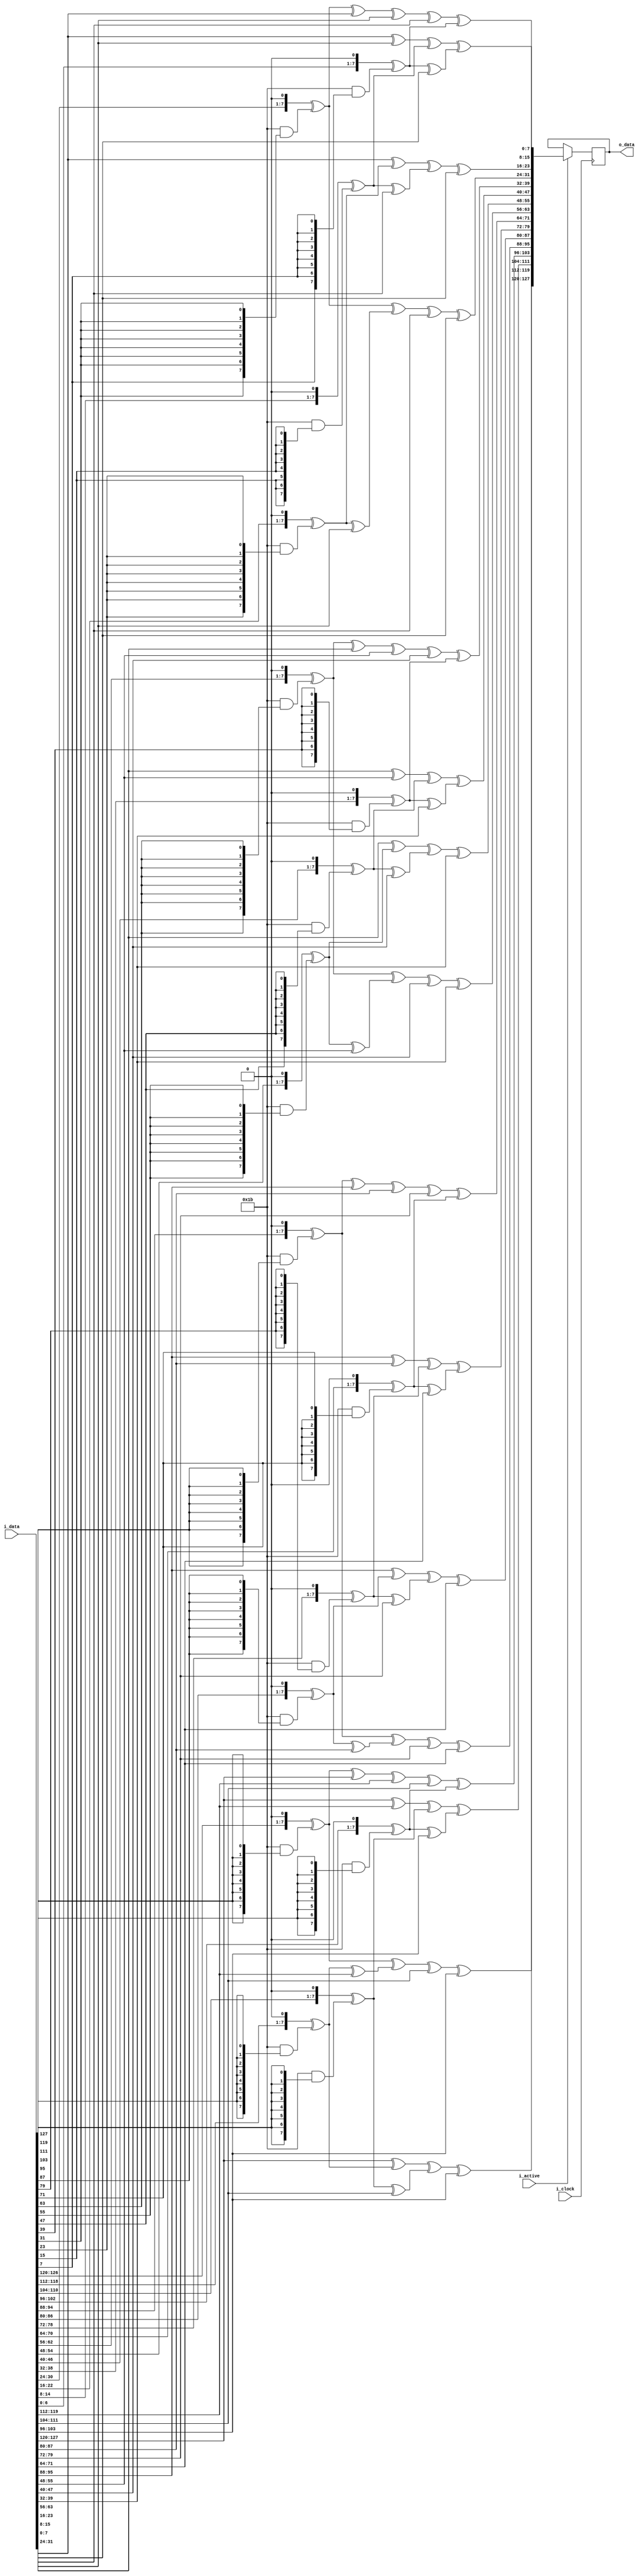
module MixColumns(
	input i_clock,
	input [0:127] i_data,
	input i_active,
	output [0:127] o_data
);

reg [0:127] r_data;
// reg [0:7] r_state [0:15];

function [7 : 0] gm2(input [7 : 0] op);
begin
  gm2 = {op[6 : 0], 1'b0} ^ (8'h1b & {8{op[7]}});
end
endfunction // gm2

function [7 : 0] gm3(input [7 : 0] op);
begin
  gm3 = gm2(op) ^ op;
end
endfunction // gm3

function [31 : 0] mixw(input [31 : 0] w);
reg [7 : 0] b0, b1, b2, b3;
reg [7 : 0] mb0, mb1, mb2, mb3;
begin
  b0 = w[31 : 24];
  b1 = w[23 : 16];
  b2 = w[15 : 08];
  b3 = w[07 : 00];

  mb0 = gm2(b0) ^ gm3(b1) ^ b2      ^ b3;
  mb1 = b0      ^ gm2(b1) ^ gm3(b2) ^ b3;
  mb2 = b0      ^ b1      ^ gm2(b2) ^ gm3(b3);
  mb3 = gm3(b0) ^ b1      ^ b2      ^ gm2(b3);

  mixw = {mb0, mb1, mb2, mb3};
end
endfunction // mixw

function [127 : 0] mixcolumns(input [127 : 0] data);
reg [31 : 0] w0, w1, w2, w3;
reg [31 : 0] ws0, ws1, ws2, ws3;
begin
  w0 = data[127 : 096];
  w1 = data[095 : 064];
  w2 = data[063 : 032];
  w3 = data[031 : 000];

  ws0 = mixw(w0);
  ws1 = mixw(w1);
  ws2 = mixw(w2);
  ws3 = mixw(w3);

  mixcolumns = {ws0, ws1, ws2, ws3};
end
endfunction // mixcolumns

always @(negedge i_clock) begin
	if (i_active) begin
		r_data <= mixcolumns(i_data);
	end
end

assign o_data = r_data;

endmodule